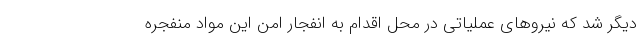
دیگر شد که نیروهای عملیاتی در محل اقدام به انفجار امن این مواد منفجره